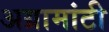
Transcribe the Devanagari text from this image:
अग्रामांटी